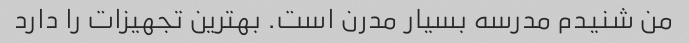
من شنیدم مدرسه بسیار مدرن است. بهترین تجهیزات را دارد